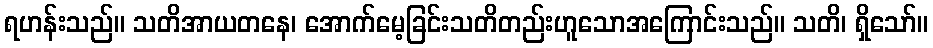
ရဟန်းသည်။ သတိအာယတနေ၊ အောက်မေ့ခြင်းသတိတည်းဟူသောအကြောင်းသည်။ သတိ၊ ရှိသော်။